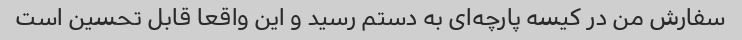
سفارش من در کیسه پارچه‌ای به دستم رسید و این واقعا قابل تحسین است